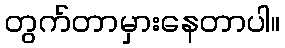
တွက်တာမှားနေတာပါ။